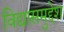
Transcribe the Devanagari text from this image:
विद्यासमुद्देश